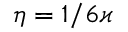
\eta = 1 / 6 \varkappa